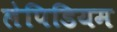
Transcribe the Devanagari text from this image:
लेपिडियम